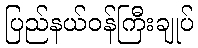
ပြည်နယ်ဝန်ကြီးချုပ်